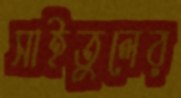
সাইতুলের